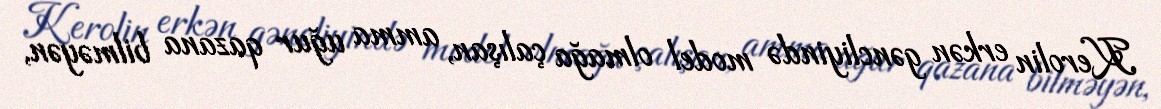
Kerolin erkən gəncliyində model olmağa çalışan, amma uğur qazana bilməyən,